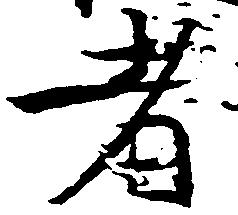
者